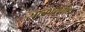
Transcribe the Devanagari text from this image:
सत्काराग्रंथ